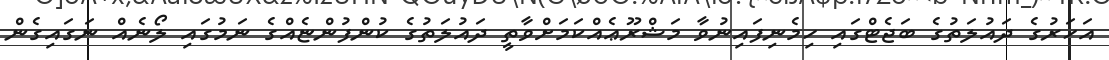
އަހަރުގެ ދައުލަތުގެ ބަޖެޓްގައި ހިމެނިފައިނުވާ މަޝްރޫޢެއްކަމަށްވާތީ ދައުލަތުގެ ކުންފުންޏެއްގެ ނަމުގައި ލޯނެއް ނަގައިގެން